Annual report of the Imperial Bacteriologist
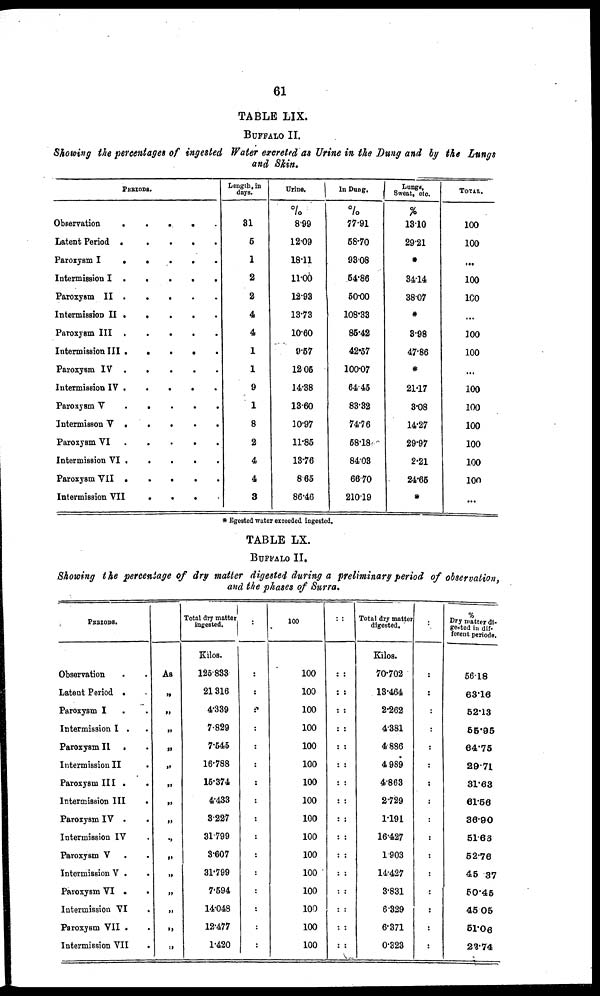
61
TABLE LIX.
BUFFALO II.
Showing the percentages of ingested Water excreted as Urine in the Dung and by the Lungs
and Skin.
PERIODS.
Observation
.
.
Latent Period
.
.
Paroxysm I
.
.
Intermission I .
.
Paroxysm II .
.
Intermission II . .
Paroxysm III .
.
Intermission III . .
Paroxysm IV .
.
Intermission IV .
.
Paroxysm V .
.
Intermisson V
.
.
Paroxysm VI
.
.
Intermission VI .
.
Paroxysm VII .
Intermission VII
.
.
.
.
.
.
.
.
.
.
.
.
.
.
.
.
.
.
.
.
.
.
.
.
.
.
.
.
.
.
.
.
.
.
.
.
.
.
.
.
.
.
.
.
.
.
.
.
.
Length, in
days.
31
5
1
2
2
4
4
1
1
9
1
8
2
4
4
3
Urine.
%
8.99
12.09
18.11
11.00
12.93
13.73
10.60
9.57
12.05
14.38
13.60
10.97
11.85
13.76
8.65
86.46
In Dung.
%
77.91
58.70
93.08
54.86
50.00
108.33
85.42
42.57
100.07
64.45
83.32
74.76
58.18
84.03
66.70
210.19
Lungs,
Sweat, etc.
%
13.10
29.21
*
34.14
38.07
*
3.98
47.86
*
21.17
3.08
14.27
29.97
2.21
24.65
*
TOTAL
%
100
100
...
100
100
...
100
100
...
100
100
100
100
100
100
...
* Egested water exceeded ingested.
TABLE LX.
BUFFALO II.
Showing the percentage of dry matter digested during a preliminary period of observation,
and the phases of Surra.
PERIODS.
Observation
Latent Period .
Paroxysm I
.
Intermission I .
Paroxysm II .
Intermission II
Paroxysm III .
Intermission III
Paroxysm IV .
Intermission IV
Paroxysm V .
Intermission V .
Paroxysm VI .
Intermission VI
Paroxysm VII .
Intermission VII
.
.
.
.
.
.
.
.
.
.
.
.
.
.
.
As
„
„
„
„
„
„
„
„
„
„
„
„
„
„
„
Total dry matter
ingested.
Kilos.
125.833
21.316
4.339
7.829
7.545
16.788
15.374
4.433
3.227
31.799
3.607
31.799
7.594
14.048
12.477
1.420
:
:
:
:
:
:
:
:
:
:
:
:
:
:
:
:
:
100
100
100
100
100
100
100
100
100
100
100
100
100
100
100
100
100
: :
::
::
::
::
::
::
::
::
::
::
::
::
::
::
::
::
Total dry matter
digested.
Kilos.
70.702
13.464
2.262
4.381
4.886
4.989
4.863
2.729
1.191
16.427
1.903
14.427
3.831
6.329
6.371
0.323
:
:
:
:
:
:
:
:
:
:
:
:
:
:
:
:
:
%
Dry matter di.
gestod in dif-
ferent periods.
56.18
63.16
52.13
55.95
64.75
29.71
31.63
61.56
36.90
51.68
52.76
45.37
50.45
45.05
51.06
23.74